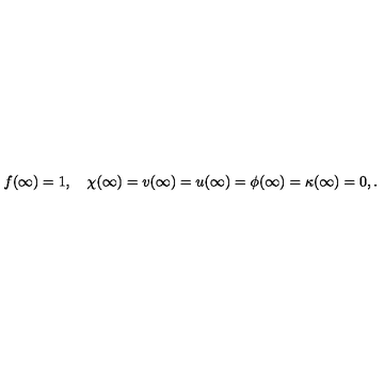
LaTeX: f ( \infty ) = 1 , \quad \chi ( \infty ) = v ( \infty ) = u ( \infty ) = \phi ( \infty ) = \kappa ( \infty ) = 0 , .